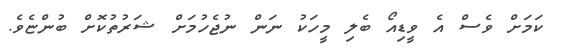
ކަމަށް ވެސް އެ ވީޑިއޯ ބެލި މީހަކު ނަން ނުޖެހުމަށް ޝަރުތުކޮށް ބުންޏެވެ.